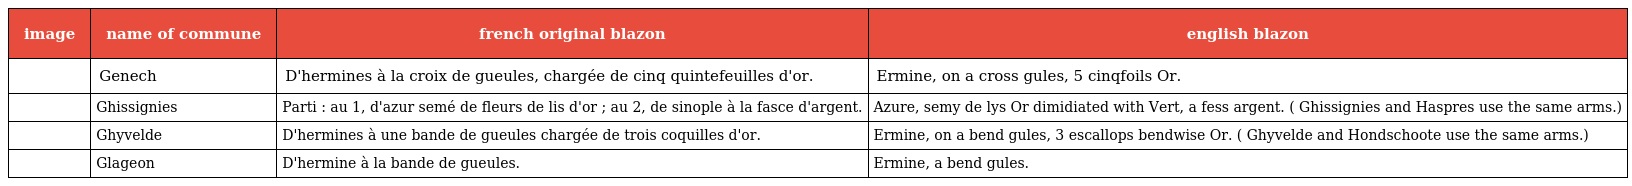
| image | name of commune | french original blazon | english blazon |
 | --- | --- | --- | --- |
 |  | Genech | D'hermines à la croix de gueules, chargée de cinq quintefeuilles d'or. | Ermine, on a cross gules, 5 cinqfoils Or. |
 |  | Ghissignies | Parti : au 1, d'azur semé de fleurs de lis d'or ; au 2, de sinople à la fasce d'argent. | Azure, semy de lys Or dimidiated with Vert, a fess argent. ( Ghissignies and Haspres use the same arms.) |
 |  | Ghyvelde | D'hermines à une bande de gueules chargée de trois coquilles d'or. | Ermine, on a bend gules, 3 escallops bendwise Or. ( Ghyvelde and Hondschoote use the same arms.) |
 |  | Glageon | D'hermine à la bande de gueules. | Ermine, a bend gules. |